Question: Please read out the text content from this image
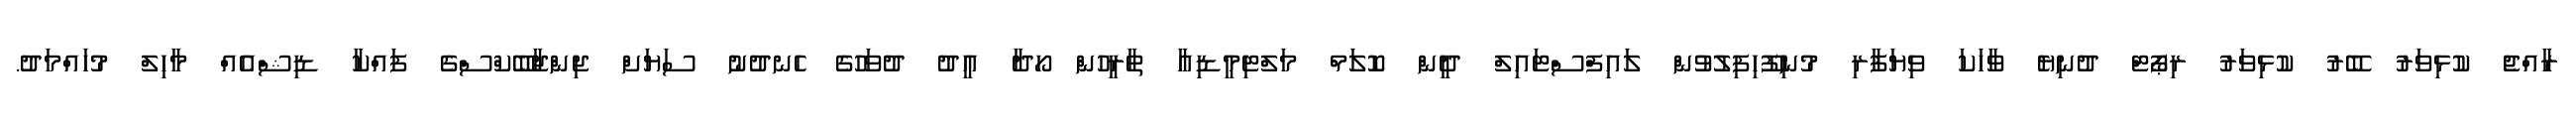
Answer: ރާއްޖެ ކުޅިވަރު ބޭރު ކުޅިވަރު ރިޕޯޓް ދުނިޔެ ވާހަކަ ވިޔަފާރި މުނިފޫހިފިލުވުން ލައިފްސްޓައިލް ދީން ކޮލަމް މަލްޓިމީޑިއާ ތާރީހުން ހޯދާ އީދު ދުވަހުގެ ހެނދުނު ސަޔަށް ޖިންޖާބޭކްސްގެ ފައްކާ ޑިޝްއެއް މާހިލް މުހައްމަދު.